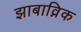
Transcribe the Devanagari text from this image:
झाबाव्निक